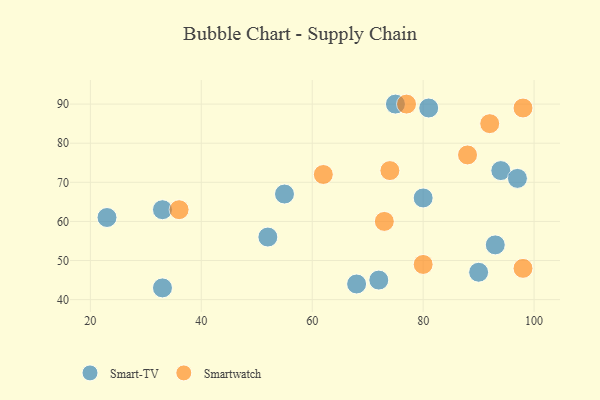
{"axis": {"x": "GDP", "y": "Life Expectancy"}, "legend": ["Smart-TV", "Smartwatch"], "data": [{"x": "52", "y": 56, "type": "Smart-TV"}, {"x": "94", "y": 73, "type": "Smart-TV"}, {"x": "68", "y": 44, "type": "Smart-TV"}, {"x": "75", "y": 90, "type": "Smart-TV"}, {"x": "33", "y": 43, "type": "Smart-TV"}, {"x": "90", "y": 47, "type": "Smart-TV"}, {"x": "93", "y": 54, "type": "Smart-TV"}, {"x": "33", "y": 63, "type": "Smart-TV"}, {"x": "23", "y": 61, "type": "Smart-TV"}, {"x": "81", "y": 89, "type": "Smart-TV"}, {"x": "80", "y": 66, "type": "Smart-TV"}, {"x": "72", "y": 45, "type": "Smart-TV"}, {"x": "55", "y": 67, "type": "Smart-TV"}, {"x": "97", "y": 71, "type": "Smart-TV"}, {"x": "74", "y": 73, "type": "Smartwatch"}, {"x": "73", "y": 60, "type": "Smartwatch"}, {"x": "80", "y": 49, "type": "Smartwatch"}, {"x": "92", "y": 85, "type": "Smartwatch"}, {"x": "62", "y": 72, "type": "Smartwatch"}, {"x": "77", "y": 90, "type": "Smartwatch"}, {"x": "36", "y": 63, "type": "Smartwatch"}, {"x": "88", "y": 77, "type": "Smartwatch"}, {"x": "98", "y": 89, "type": "Smartwatch"}, {"x": "98", "y": 48, "type": "Smartwatch"}]}